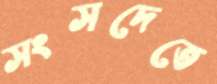
সংসদেতে